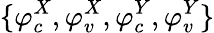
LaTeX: \{ \varphi_{c}^{X},\varphi_{v}^{X},\varphi_{c}^{Y},\varphi_{v}^{Y}\}